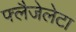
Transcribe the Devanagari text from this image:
फ्लैजेलेटा